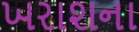
ખરાશના